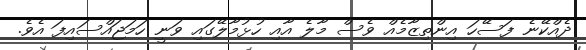
ދެއްކޭނެ ފަސޭހަ އިންތިޒާމެއް ވެސް މާލެ އާއި ހުޅުމާލޭގައި ވަނީ ހަމަޖައްސައިފަ އެވެ.